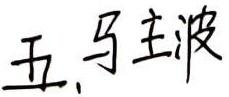
五、驻波